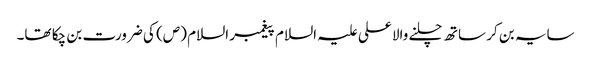
سایہ بن کر ساتھ چلنے والا علی علیہ السلام پیغمبر السلام (ص) کی ضرورت بن چکا تھا۔